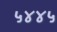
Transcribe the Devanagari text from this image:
५४४५